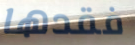
فقدها